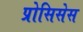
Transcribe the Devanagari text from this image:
प्रोसिसेस